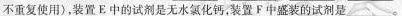
不重复使用)，装置E中的试剂是无水氯化钙，装置F中盛装的试剂是___。